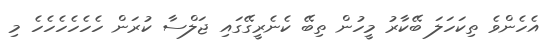
އެހެންވެ ތިކަހަލަ ބޭކާރު މީހުން ތިބޭ ކެނެރީގޭގައި ޖަލްސާ ކުރަން ހެހެހެހެހެހެ މި